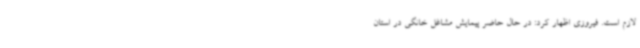
لازم است. فیروزی اظهار کرد: در حال حاضر پیمایش مشاغل خانگی در استان